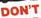
DON'T